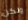
ولكن